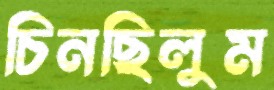
চিনছিলুম